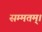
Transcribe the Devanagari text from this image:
सम्मतम्।